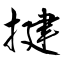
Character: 揵